Annual returns of the Patna Lunatic Asylum at Bankipore in Bihar and Orissa - 1912-1924
Year: 1912
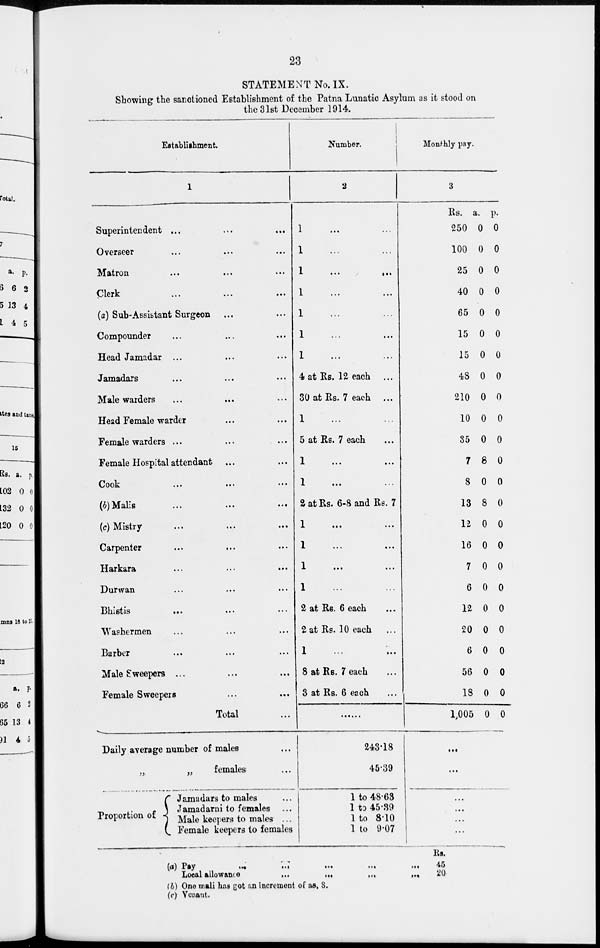
23
STATEMENT No. IX.
Showing the sanctioned Establishment of the Patna Lunatic Asylum as it stood on
the 31st December 1914.
Establishment.
1
Superintendent ... ... ...
Overseer ... ... ...
Matron ... ... ...
Clerk ... ... ...
(a) Sub-Assistant Surgeon ... ...
Compounder ... ... ...
Head Jamadar ... ... ...
Jamadars ... ... ...
Male warders ... ... ...
Head Female warder ... ...
Female warders ... ... ...
Female Hospital attendant ... ...
Cook ... ... ...
(b)Malis
...
...
...
(c) Mistry
Carpenter
...
... ...
Harkara ... ... ...
Durwan ... ... ...
Bhistis
... ... ...
Washermen ... ... ...
Barber ... ... ...
Male Sweepers ... ... ...
Female Sweepers ... ... ...
Total ...
Daily average number of males
„
„
females
Proportion of
Jamadars to males
Jamadarni to females
Male keepers to males ...
Female keepers to females
Number.
2
1 ... ...
1 ... ...
1
...
...
1 ... ...
1 ... ...
1 ... ...
1 ... ...
4 at Rs. 12 each
30 at Rs. 7 each ...
1 ... ...
5 at Rs. 7 each
1 ... ...
1 ... ...
2 at Rs. 6-8 and Rs. 7
1 ... ...
1 ... ...
1 ... ...
1 ... ...
2 at Rs. 6 each
2 at Rs. 10 each
1 ... ...
8 at Rs. 7 each
3 at Rs. 6 each
......
243.18
45.39
1 to 48.63
1 to 45.39
1 to 8.10
1 to 9.07
Monthly pay.
3
Rs.
250
100
25
40
65
15
15
48
210
10
35
7
8
13
12
16
7
6
12
20
6
56
18
1,005
a.
0
0
0
0
0
0
0
0
0
0
0
8
0
8
0
0
0
0
0
0
0
0
0
0
p.
0
0
0
0
0
0
0
0
0
0
0
0
0
0
0
0
0
0
0
0
0
0
0
0
...
...
...
...
...
...
(a) Pay
...
...
...
...
...
Local allowance
...
...
...
...
(b) One mali has got an increment of as S.
(c) Vcaant.
Rs.
45
20